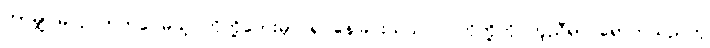
ဘာမျှ မလုပ်တတ်ပေမယ့် ကိုကို့ဘေးမှာ ရပ်နေခြင်းသည်ပင် ကိုကို့ကို ကူညီရာ ရောက်သည်ဟု